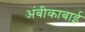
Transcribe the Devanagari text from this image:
अंबीकाबाई